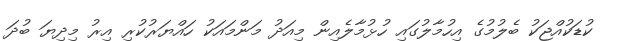
ކުޑަކުއްޖަކު ބެލުމުގެ އިހުމާލުގައި ހުޅުމާލެއިން މިއަދު މަންމައަކު ހައްޔަރުކުރި އިރު މިދިޔަ ބުދަ